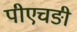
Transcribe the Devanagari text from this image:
पीएचङी